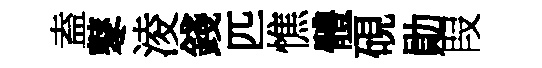
盍鼕淩錢匹憔體硯勛叚